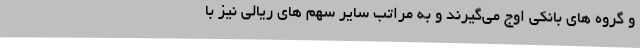
و گروه های بانکی اوج می‌گیرند و به مراتب سایر سهم های ریالی نیز با